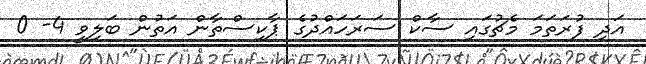
އަދި ފުރަތަމަ މެޗުގައި ސާކް ސަރަހައްދުގެ ޕާކިސްތާން އަތުން ބަލިވީ 4- 0